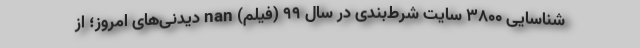
شناسایی ۳۸۰۰ سایت شرط‌بندی در سال ۹۹ (فیلم) nan دیدنی‌های امروز؛ از